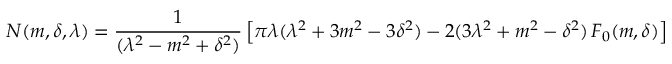
N ( m , \delta , \lambda ) = { \frac { 1 } { ( \lambda ^ { 2 } - m ^ { 2 } + \delta ^ { 2 } ) } } \left[ \pi \lambda ( \lambda ^ { 2 } + 3 m ^ { 2 } - 3 \delta ^ { 2 } ) - 2 ( 3 \lambda ^ { 2 } + m ^ { 2 } - \delta ^ { 2 } ) \, F _ { 0 } ( m , \delta ) \right] \, .